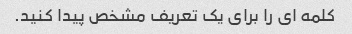
کلمه ای را برای یک تعریف مشخص پیدا کنید.